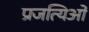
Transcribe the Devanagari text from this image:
प्रजत्यिओं